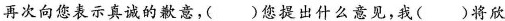
再次向您表示真诚的歉意，（）您提出什么意见，我（）将欣